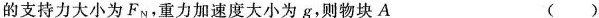
的支持力大小为F_{N}，重力加速度大小为g，则物块A ( )